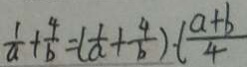
\frac { 1 } { a } + \frac { 4 } { b } = ( \frac { 1 } { a } + \frac { 4 } { b } ) \cdot ( \frac { a + b } { 4 } )